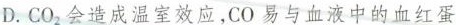
D.CO_2}会造成温室效应，CO易与血液中的血红蛋